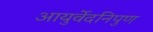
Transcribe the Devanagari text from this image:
आयुर्वेदनिपुण